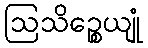
ဩသိဉ္စေယျုံ